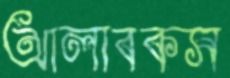
আলাবকস